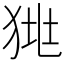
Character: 𤞯